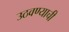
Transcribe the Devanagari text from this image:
उठवण्याची